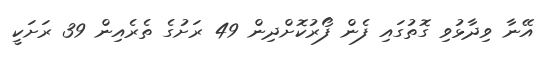
އޭނާ ވިދާޅުވި ގޮތުގައި ފެން ފޯރުކޮށްދިން 49 ރަށުގެ ތެރެއިން 39 ރަށަކީ